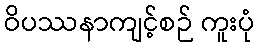
ဝိပဿနာကျင့်စဉ် ကူးပုံ